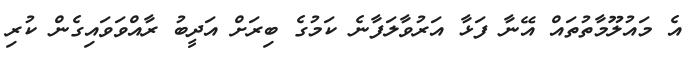
އެ މައުލޫމާތުތައް އޭނާ ފަޅާ އަރުވާލަފާނެ ކަމުގެ ބިރަށް އަދީބު ރާއްވަވައިގެން ކުރި